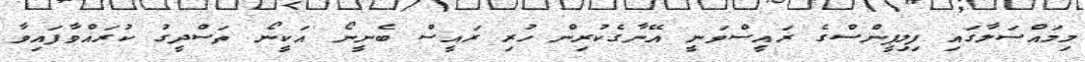
މިމައްސަލާގައި ފިލިޕީންސްގެ ރައީސްވަނީ އޭނާގެކުރިން ހުރި ރައީސް ބެނީނޯ އަކީނޯ ތަސްދީގު ކުރައްވާފައިވާ